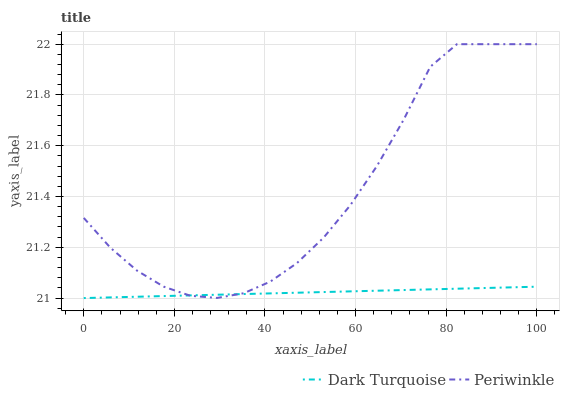
| xaxis_label | Dark Turquoise | Periwinkle |
 | --- | --- | --- |
 | 0 | 21 | 21.3 |
 | 5.88 | 21 | 21.2 |
 | 11.8 | 21 | 21.1 |
 | 17.6 | 21 | 21 |
 | 23.5 | 21 | 21 |
 | 29.4 | 21 | 21 |
 | 35.3 | 21 | 21 |
 | 41.2 | 21 | 21.1 |
 | 47.1 | 21 | 21.1 |
 | 52.9 | 21 | 21.2 |
 | 58.8 | 21 | 21.4 |
 | 64.7 | 21 | 21.5 |
 | 70.6 | 21 | 21.7 |
 | 76.5 | 21 | 21.9 |
 | 82.4 | 21 | 22 |
 | 88.2 | 21 | 22 |
 | 94.1 | 21 | 22 |
 | 100 | 21 | 22 |